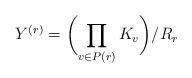
LaTeX: \begin{align*}Y^{(r)} = \biggl(\prod_{v \in P(r)} K_v\biggr) / R_r\end{align*}